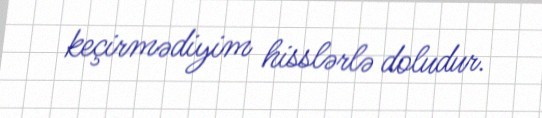
keçirmədiyim hisslərlə doludur.